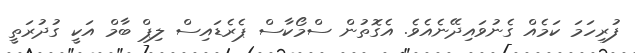
ފުރިހަމަ ކަމެއް ގެނުވައިދޭނެއެވެ. އެގޮތުން ސްމޯކާސް ޕެރެޑައިސް ލިޕް ބާމް އަކީ ގުދުރަތީ